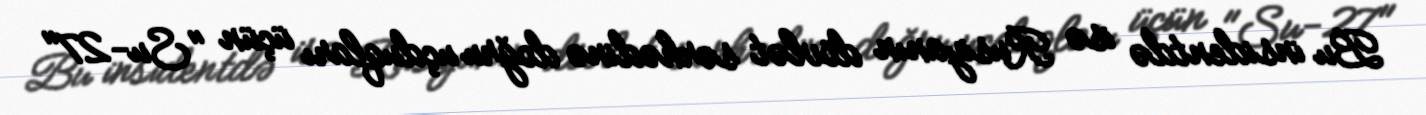
Bu insidentdə isə Rusiyanın dövlət sərhədinə doğru uçduqları üçün "Su-27"